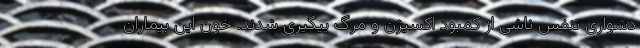
دشواری تنفس ناشی از کمبود اکسیژن و مرگ پیگیری شدند. خون این بیماران